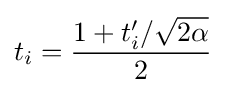
t_{i}={\frac {1+t'_{i}/{\sqrt {2\alpha }}}{2}}